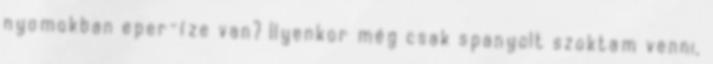
nyomokban eper-íze van? Ilyenkor még csak spanyolt szoktam venni,